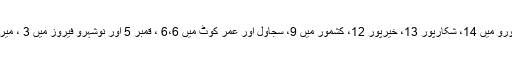
اس کے علاوہ سکھر 101، حیدرآباد 48 ، گھوٹکی میں 24، جیکب آباد اور دادو 15،15، جامشورو میں 14، شکارپور 13، خیرپور 12، کشمور میں 9، سجاول اور عمر کوٹ میں 6،6 ، قمبر 5 اور نوشہرو فیروز میں 3 ، میرپورخاص، ٹنڈو الہیار ، ٹنڈو محمد خان اور ٹھٹھہ میں 2،2 اور سانگھڑ میں ایک کیس رپورٹ ہوا۔